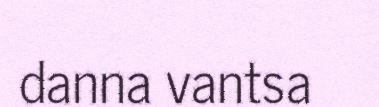
danna vantsa